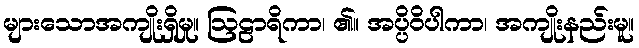
များသောအကျိုးရှိမှု။ ဩဠာရိကာ၊ ၏။ အပ္ပိဝိပါကာ၊ အကျိုးနည်းမူ။